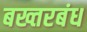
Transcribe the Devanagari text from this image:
बख्तरबंध